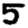
Digit: 5